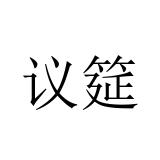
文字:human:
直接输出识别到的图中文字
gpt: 议筵